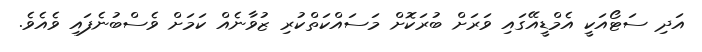
އަދި ސަޓޯއަކީ އެމްޑީއޭގައި ވަރަށް ބުރަކޮށް މަސައްކަތްކުރި ޒުވާނެއް ކަމަށް ވެސްބުނެފައި ވެއެވެ.